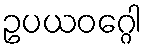
ဥပယဝဂ္ဂေါ